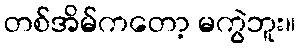
တစ်အိမ်ကတော့ မကွဲဘူး။